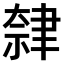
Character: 𫆕